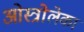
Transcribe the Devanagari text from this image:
ओस्त्रोलेका